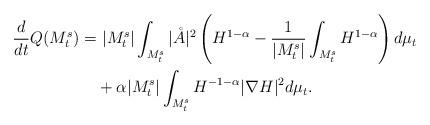
LaTeX: \begin{align*}\frac{d}{dt}Q(M_t^s) =& ~|M_t^s|\int_{M_t^s}|\mathring{A}|^2\left(H^{1-\alpha}-\frac 1{|M_t^s|}\int_{M_t^s}H^{1-\alpha}\right)d\mu_t\\ & +\alpha|M_t^s|\int_{M_t^s}H^{-1-\alpha}|\nabla H|^2d\mu_t.\end{align*}